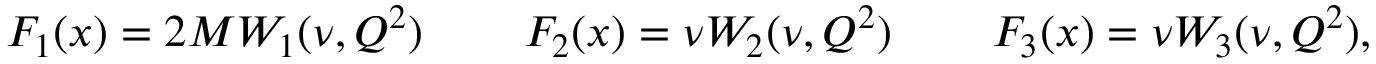
F _ { 1 } ( x ) = 2 M W _ { 1 } ( \nu , Q ^ { 2 } ) \; \; \; \; \; \; \; \; F _ { 2 } ( x ) = \nu W _ { 2 } ( \nu , Q ^ { 2 } ) \; \; \; \; \; \; \; \; F _ { 3 } ( x ) = \nu W _ { 3 } ( \nu , Q ^ { 2 } ) ,